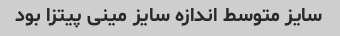
سایز متوسط اندازه سایز مینی پیتزا بود